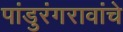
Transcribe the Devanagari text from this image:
पांडुरंगरावांचे